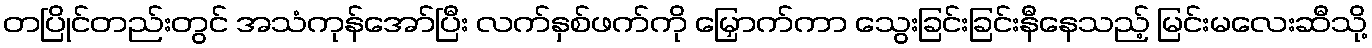
တပြိုင်တည်းတွင် အသံကုန်အော်ပြီး လက်နှစ်ဖက်ကို မြှောက်ကာ သွေးခြင်းခြင်းနီနေသည့် မြင်းမလေးဆီသို့